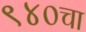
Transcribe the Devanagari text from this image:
९४०चा